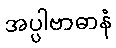
အပ္ပါဗာဓာနံ